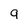
Character: 9